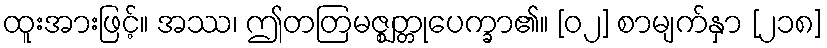
ထူးအားဖြင့်။ အဿ၊ ဤတတြမဇ္ဈတ္တုပေက္ခာ၏။ [၀၂] စာမျက်နှာ [၂၁၈]